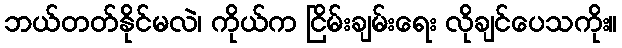
ဘယ်တတ်နိုင်မလဲ၊ ကိုယ်က ငြိမ်းချမ်းရေး လိုချင်ပေသကိုး။